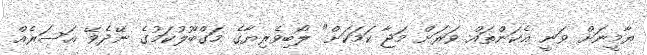
ޔާމީނަށް ވަނީ އެކަންތައް ވަރަށް މަޖާ ކަމަކަށް" ލޯބިވެރިޔާގެ މަގްބޫލުކަމުގެ ނޭދެވޭ އަސަރެއް